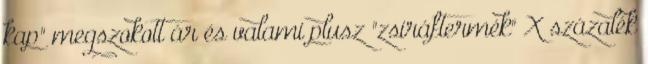
kap" megszokott ár és valami plusz "zsiráftermék" X százalék